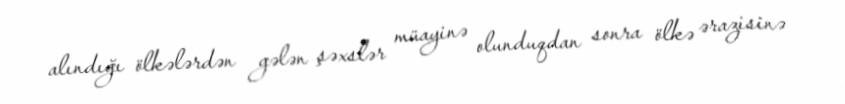
alındığı ölkələrdən gələn şəxslər müayinə olunduqdan sonra ölkə ərazisinə